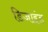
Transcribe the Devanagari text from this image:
डिजाइंड